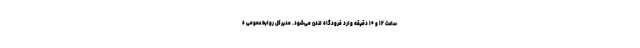
ساعت ۱۲ و ۱۰ دقیقه وارد فرودگاه لندن می‌شود. مدیرکل روابط عمومی ه